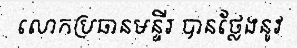
លោកប្រធានមន្ទីរ បានថ្លែងនូវ